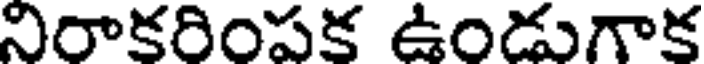
నిరాకరింపక ఉండుగాక